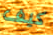
كيف